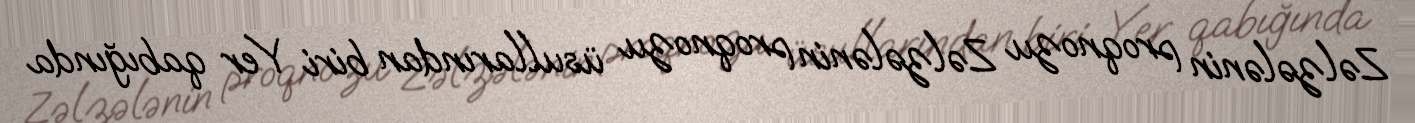
Zəlzələnin proqnozu Zəlzələnin proqnozu üsullarından biri Yer qabığında